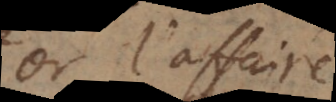
Or l’affaire